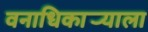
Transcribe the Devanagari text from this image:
वनाधिकार्‍याला